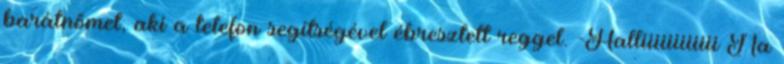
barátnőmet, aki a telefon segítségével ébresztett reggel. -Halliiiiiiiiiiii Na